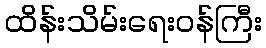
ထိန်းသိမ်းရေးဝန်ကြီး